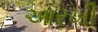
આરખી